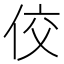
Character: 佼